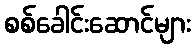
စစ်ခေါင်းဆောင်များ